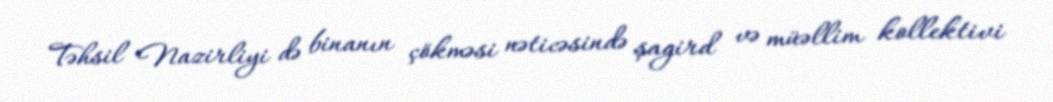
Təhsil Nazirliyi də binanın çökməsi nəticəsində şagird və müəllim kollektivi